Triennial report on the lunatic asylums in the province of Eastern Bengal and Assam - 1903-1911
Year: 1903
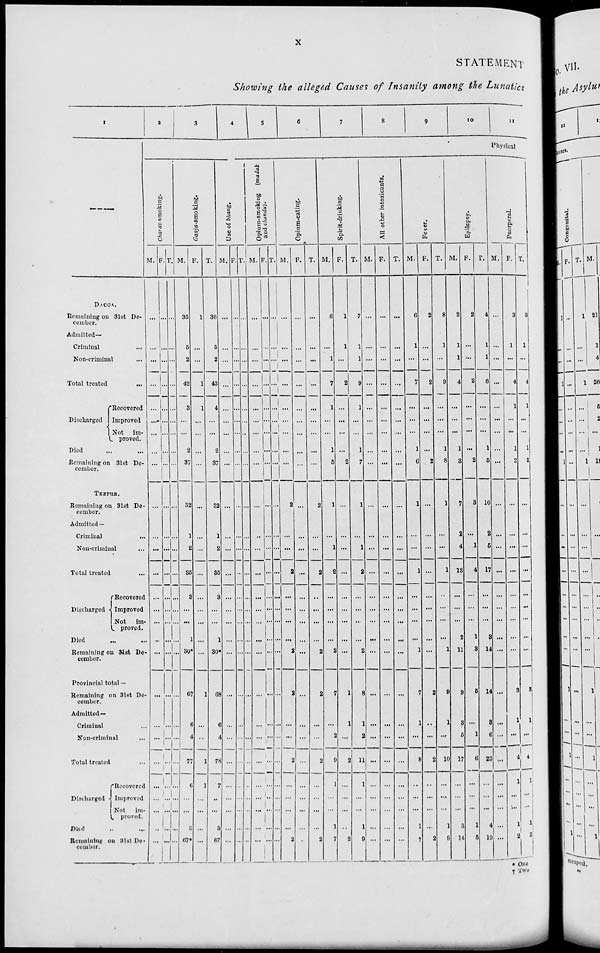
x
STATEMENT
Showing the alleged Causes of Insanity among the Lunatics
1
—
DACCA.
Remaining on 31st De-
cember.
Admitted––
Criminal ...
Non-criminal ...
Total treated
...
Discharged
Recovered
Improved
Not im-
proved.
Died ... ...
Remaining on 31et De-
cember.
TEZPUR.
Remaining on 31st De-
cember.
Admitted—
Criminal
...
Non-criminal ...
Total treated ...
Discharged
Recovered
Improved
Not im-
proved.
Died ... ...
Remaining on 31st De-
cember.
Provincial total —
Remaining on 31st De-
cember.
Admitted—
Criminal ...
Non-criminal
...
Total treated ...
Discharged
Recovered
Improved
Not im-
proved.
Died ... ...
Remaining on 31st De-
cember.
2
3
4
5
6
7
8
9
10
11
Physical
Charas-smoking.
M.
...
...
...
...
...
...
...
...
...
...
...
...
...
...
...
...
...
...
...
...
...
...
...
...
...
..
...
F.
...
...
...
...
...
...
...
...
...
...
...
...
...
...
...
...
...
...
...
...
...
...
...
...
...
...
...
T.
...
...
...
...
...
...
...
...
...
...
...
...
...
...
...
...
...
...
...
...
...
...
...
...
...
...
...
Ganja-smoking.
M.
35
5
2
42
3
...
...
2
37
32
1
2
35
3
...
...
1
30*
67
6
4
77
6
...
...
3
67*
F.
1
...
...
1
1
...
...
...
...
...
...
...
...
...
...
...
...
...
1
...
...
1
1
...
...
...
...
T.
36
5
2
13
4
...
...
2
37
32
1
2
35
3
...
...
1
30*
68
6
4
78
7
..
...
3
67
Use of bhang.
M.
...
...
...
...
...
...
...
...
...
...
...
...
...
...
...
...
...
...
...
...
...
...
...
...
...
...
...
F.
...
...
...
...
...
...
...
...
...
...
...
...
...
...
...
...
...
...
...
...
...
...
...
...
...
...
...
T.
...
...
...
...
...
...
...
...
...
...
...
...
...
...
...
...
...
...
...
...
...
...
...
...
...
...
...
Opium-smoking (madak
and chandu).
M.
...
...
...
...
...
...
...
...
...
...
...
...
...
...
...
...
...
...
...
...
...
...
...
...
...
...
...
...
...
...
F.
...
...
...
...
...
...
...
...
...
...
...
...
..
...
...
...
...
...
...
...
...
...
...
...
...
...
...
...
...
...
T.
...
...
...
...
...
...
...
...
...
...
...
...
...
...
...
...
...
...
...
...
...
...
...
...
...
...
...
...
...
...
Opium-eating.
M.
...
...
...
...
...
...
...
...
...
2
...
...
2
...
...
...
...
2
2
...
...
2
...
...
...
...
2
F.
...
...
...
...
...
...
...
...
...
...
...
...
...
...
...
...
...
...
...
...
...
...
...
...
...
...
...
T.
...
...
...
...
...
...
...
...
...
2
...
...
2
...
...
...
...
2
2
...
...
2
...
...
...
...
2
Spirit-drinking.
M.
6
...
1
7
1
...
...
1
5
1
...
1
2
...
...
...
...
2
7
...
2
0
1
...
...
1
7
F.
1
1
...
2
...
...
...
2
...
...
...
...
...
...
...
1
1
2
...
...
...
..
2
T.
7
1
1
9
1
...
...
1
7
1
...
1
2
...
...
...
...
2
8
1
2
11
1
...
...
1
9
All other intoxicants.
M.
...
...
...
...
...
...
...
...
...
...
...
...
...
...
...
...
...
...
...
...
...
...
...
...
...
...
F.
...
...
...
....
...
...
...
...
...
...
...
...
...
...
...
...
...
...
...
...
...
...
...
...
...
...
...
T.
...
...
...
...
...
...
...
...
...
...
...
...
...
...
...
...
...
...
...
...
...
...
...
...
...
...
...
Fever.
M.
6
1
...
7
...
...
...
1
6
1
...
...
1
...
...
...
...
1
7
1
...
8
..
...
...
1
7
F.
2
...
...
2
...
...
...
...
2
...
...
...
...
...
...
...
...
...
2
...
...
2
..
...
...
...
2
T.
8
1
...
9
...
...
...
1
8
1
...
...
1
...
...
...
...
1
9
1
...
10
...
...
...
1
9
Epilepsy.
M.
2
1
1
4
...
...
...
1
3
7
2
4
13
...
...
...
2
11
9
3
5
17
...
...
...
3
14
F.
2
...
...
2
...
...
...
...
2
3
...
1
4
...
...
...
1
3
5
...
1
6
...
...
...
1
5
T.
4
1
1
6
...
...
...
1
5
10
2
5
17
...
...
...
8
14
14
3
6
23
...
...
...
4
19
Puerperal.
M.
...
...
...
...
...
...
...
...
...
...
...
...
...
...
...
...
...
...
...
...
...
...
...
...
...
...
...
F.
3
1
...
4
1
...
...
1
2
...
...
...
...
...
...
...
...
...
3
1
...
4
1
...
...
1
2
T.
3
1
...
4
1
...
...
1
2
...
...
...
...
...
...
...
...
...
8
1
4
1
...
...
1
2
* One
† Two